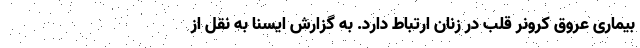
بیماری عروق کرونر قلب در زنان ارتباط دارد. به گزارش ایسنا به نقل از